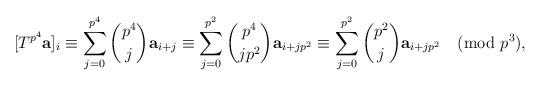
LaTeX: \begin{align*} [T^{p^4}\textbf{a}]_i&\equiv\sum_{j=0}^{p^4} \binom{p^4}{j} \textbf{a}_{i+j}\equiv\sum_{j=0}^{p^2} \binom{p^4}{jp^2} \textbf{a}_{i+jp^2} \equiv \sum_{j=0}^{p^2} \binom{p^2}{j} \textbf{a}_{i+jp^2}\pmod{p^3},\end{align*}